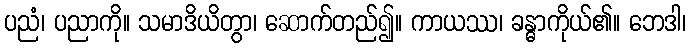
ပညံ၊ ပညာကို။ သမာဒိယိတွာ၊ ဆောက်တည်၍။ ကာယဿ၊ ခန္ဓာကိုယ်၏။ ဘေဒါ၊